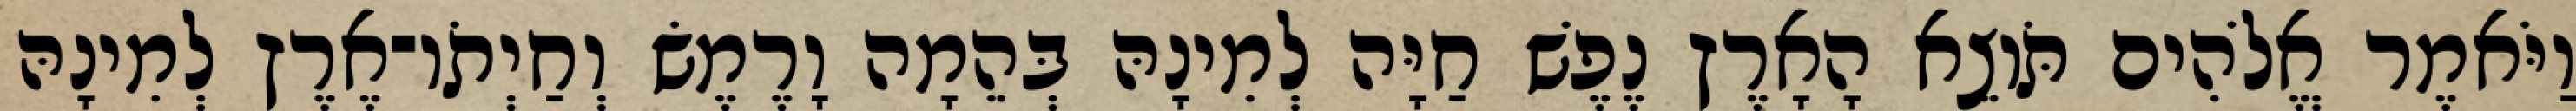
וַיֹּאמֶר אֱלֹהִים תֹּוצֵא הָאָרֶץ נֶפֶשׁ חַיָּה לְמִינָהּ בְּהֵמָה וָרֶמֶשׂ וְחַיְתֹו־אֶרֶץ לְמִינָהּ